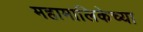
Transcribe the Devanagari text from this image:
महामालिकेच्या